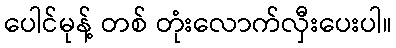
ပေါင်မုန့် တစ် တုံးလောက်လှီးပေးပါ။